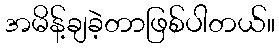
အမိန့်ချခဲ့တာဖြစ်ပါတယ်။